Epidemic dropsy in Calcutta - Number 45
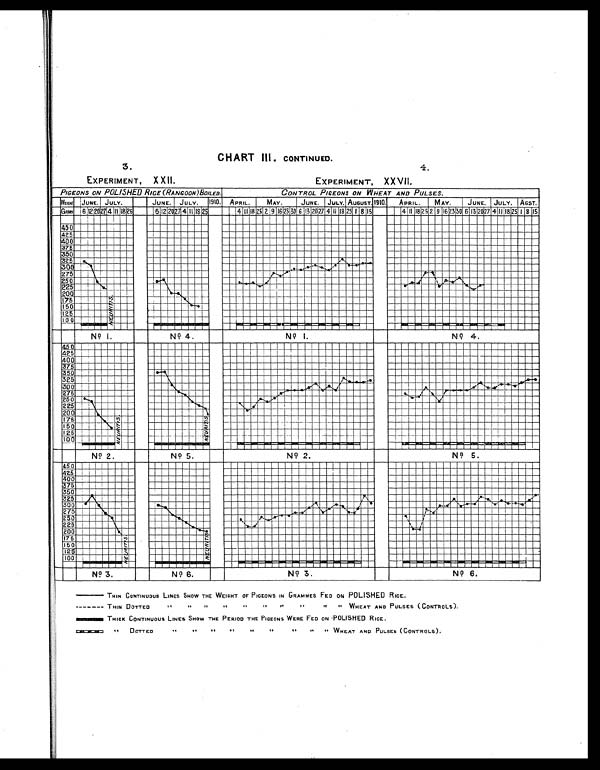
3.
EXPERIMENT, XXII.
4.
EXPERIMENT, XXVII.
CHART III. CONTINUED.
THIN CONTINUOUS LINES SHOW THE WEIGHT OF PIGEONS IN GRAMMES FED ON POLISHED RICE.
THIN DOTTED ,,
,,
,,
,,
,,
,,
,,
,,
,, WHEAT AND PULSES (CONTROLS).
THICK CONTINUOUS LINES SHOW THE PERIOD THE PIGEONS WERE FED ON POLISHED RICE.
,, DOTTED ,, ,, ,, ,, ,, WHEAT AND PULSES (CONTROLS).